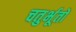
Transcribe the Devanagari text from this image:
चतुर्भूतों